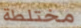
مختلطة